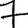
Digit: 7